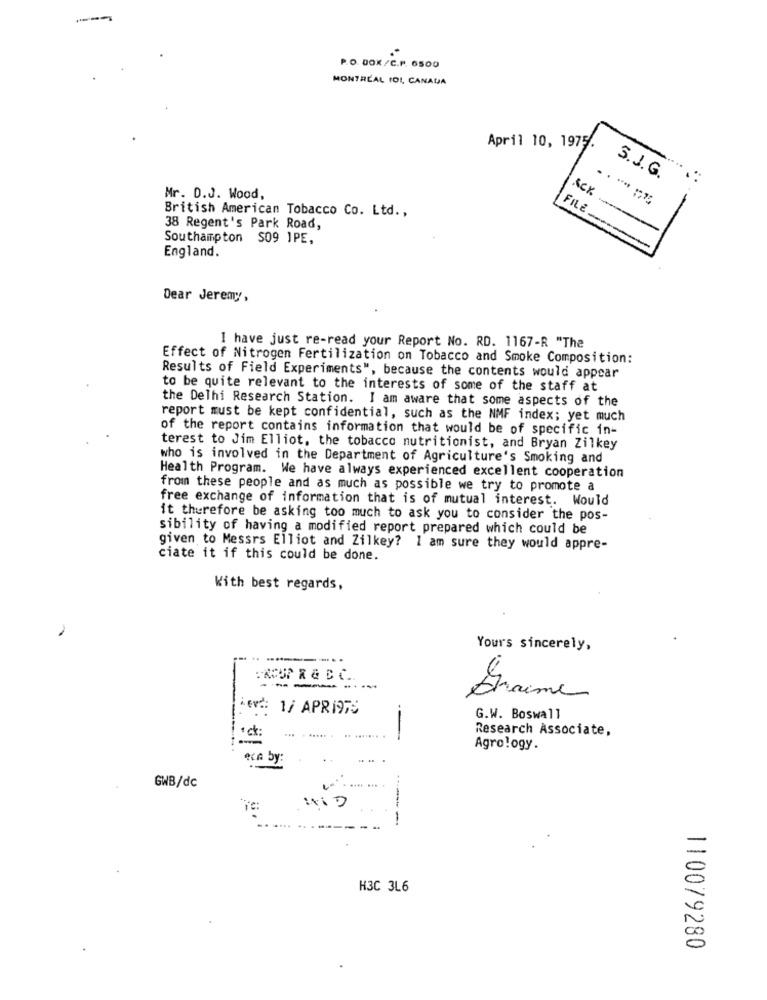
P.O. BOX/C.P. 6500
MONTRÉAL FOI, CANADA
April 10, 1975.
S.J.G.
ACK
Mr. D.J. Wood,
British American Tobacco Co. Ltd .,
FILE_
38 Regent's Park Road,
Southampton S09 IPE,
England.
Dear Jeremy,
I have just re-read your Report No. RD. 1167-R "The
Effect of Nitrogen Fertilization on Tobacco and Smoke Composition:
Results of Field Experiments", because the contents would appear
to be quite relevant to the interests of some of the staff at
the Delhi Research Station. I am aware that some aspects of the
report must be kept confidential, such as the NMF index; yet much
of the report contains information that would be of specific in-
terest to Jim Elliot, the tobacco nutritionist, and Bryan Zilkey
who is involved in the Department of Agriculture's Smoking and
Health Program. We have always experienced excellent cooperation
from these people and as much as possible we try to promote a
free exchange of information that is of mutual interest. Would
it therefore be asking too much to ask you to consider the pos-
sibility of having a modified report prepared which could be
given to Messrs Elliot and Zilkey? 1 am sure they would appre-
ciate it if this could be done.
With best regards,
Yours sincerely,
Graine
ier: 1/ APR 197S
G.W. Boswall
Research Associate,
---
Agro !ogy.
eca by:
GWB/dc
-
-
-
H3C 3L6
110079280